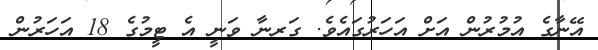
އޭނާގެ އުމުރުން އަށް އަހަރުގައެވެ. ގަރނާ ވަނީ އެ ޓީމުގެ 18 އަހަރުން